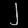
Digit: ၂